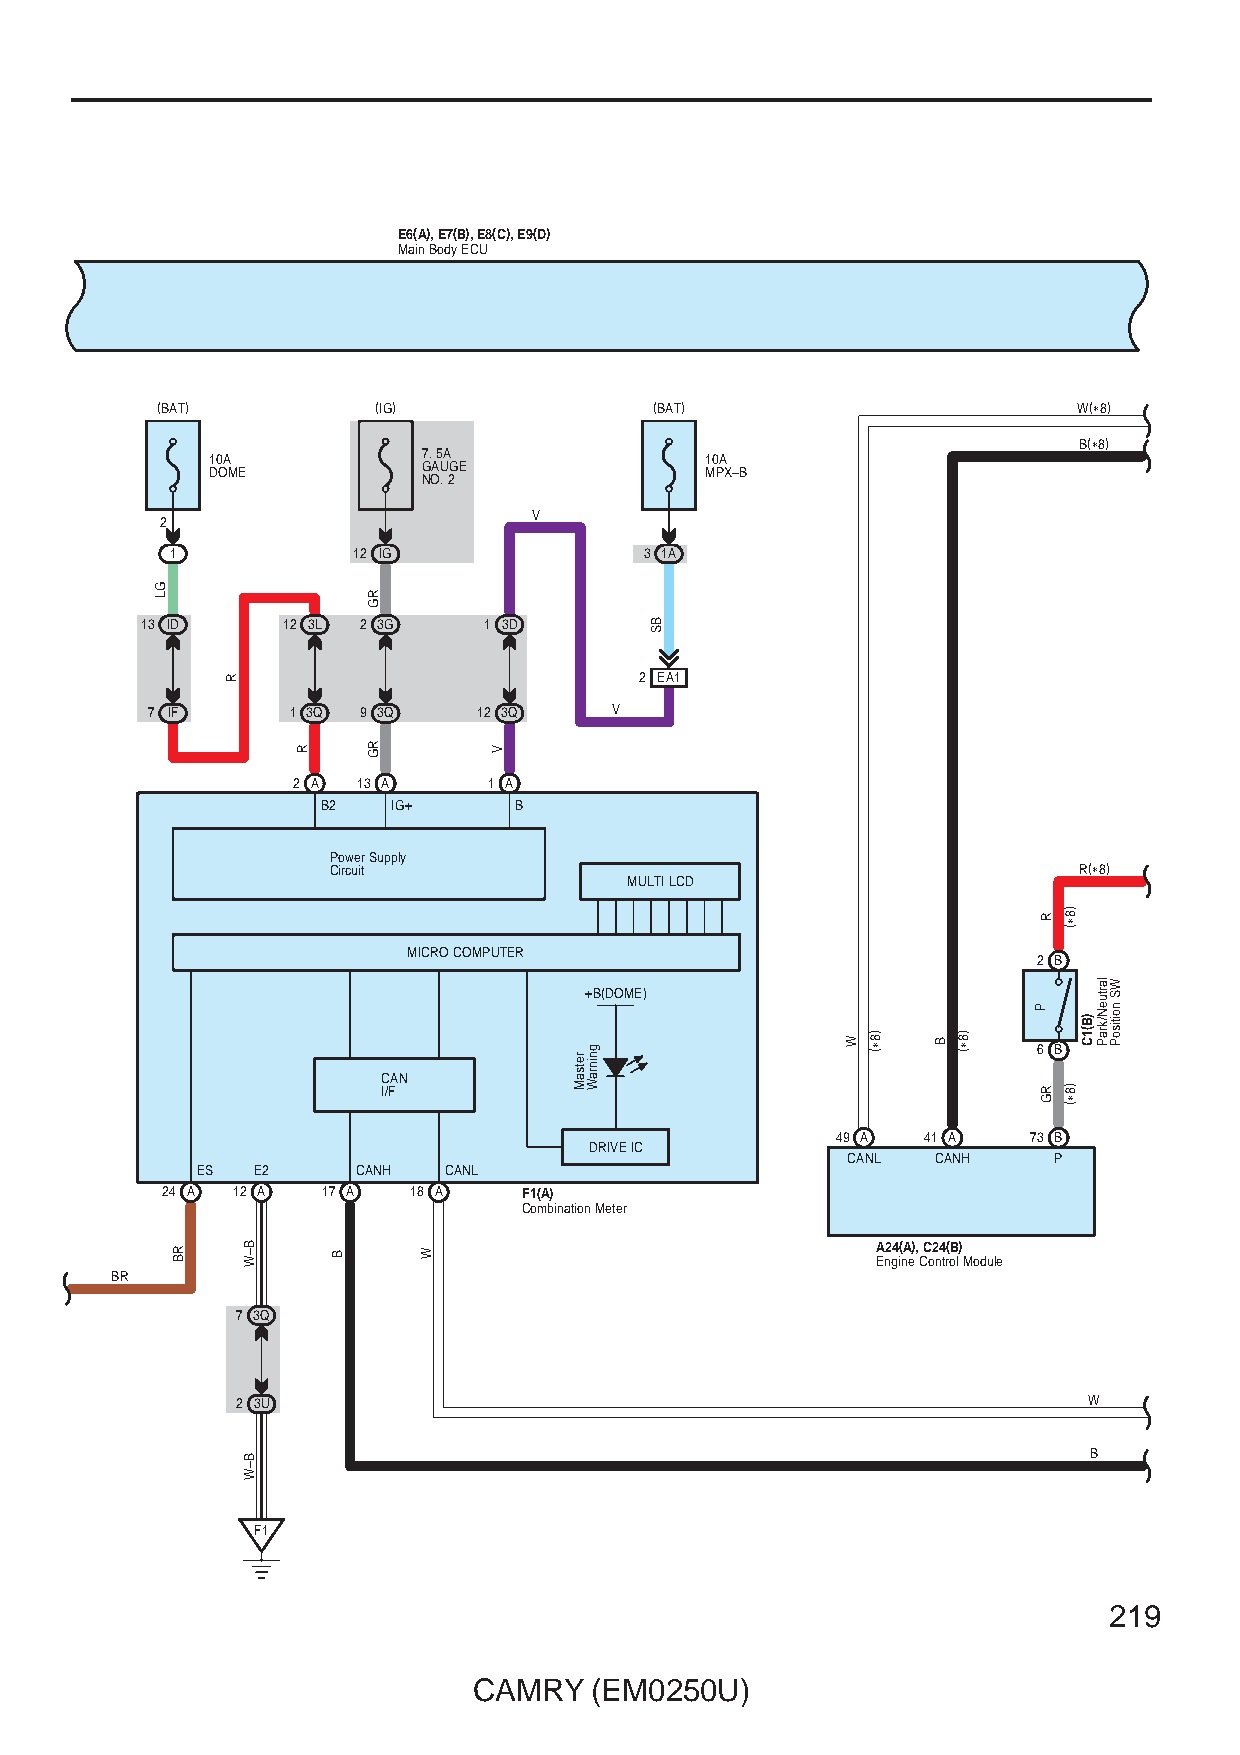
E6(A), E7(B), E8(C), E9(D)
 Main Body ECU
 (BAT)          (IG)              (BAT)                       W(∗8)
 B(∗8)
 10A           7. 5A              10A
 DOME          GAUGE              MPX–B
 NO. 2
 V
 2
 1           12 IG               3 1A
 13 ID     12 3L 2 3G   1 3D
 2 EA1
 7 IF     1 3Q 9 3Q    12 3Q   V
 2 A  13 A    1 A
 B2   IG+     B
 Power Supply
 Circuit                                          R(∗8)
 MULTI LCD
 MICRO COMPUTER
 2 B
 +B(DOME)
 6 B
 CAN
 I/F
 49 A  41 A   73 B
 DRIVE IC
 CANL  CANH    P
 ES  E2     CANH CANL
 24 A 12 A 17 A  18 A    F1(A)
 Combination Meter
 A24(A), C24(B) Engine Control Module
 BR
 7 3Q
 2 3U                                                    W
 B
 F1
 219
 CAMRY   (EM0250U)
 GL
 RB
 R
 B–W
 B–W
 R
 B
 RG
 RG
 W
 V
 retsaM
 gninraW
 BS
 W )8∗( B )8∗(
 R
 P
 RG
 )8∗(
 )8∗(
 )B(1C
 lartueN/kraP WS
 noitisoP